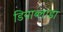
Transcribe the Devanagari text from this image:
डियाब्लाडा